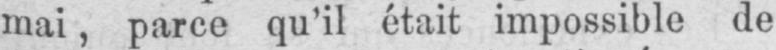
mai, parce qu’il était impossible de